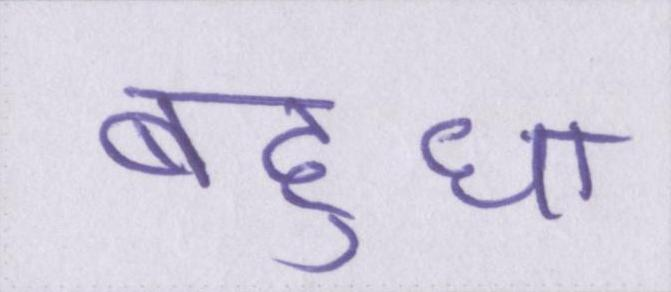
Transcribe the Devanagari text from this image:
बहुधा